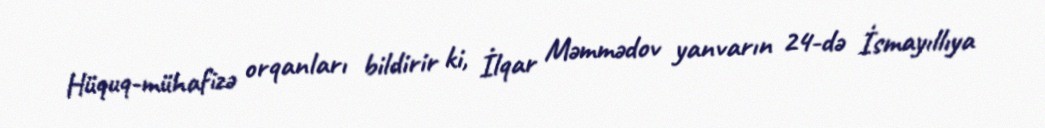
Hüquq-mühafizə orqanları bildirir ki, İlqar Məmmədov yanvarın 24-də İsmayıllıya